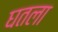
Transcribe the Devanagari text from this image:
घतला